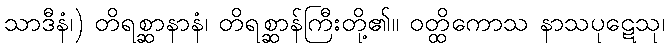
သာဒီနံ၊) တိရစ္ဆာနာနံ၊ တိရစ္ဆာန်ကြီးတို့၏။ ဝတ္ထိကောသ နာသပုဋေသု၊